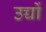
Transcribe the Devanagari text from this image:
उच्चों